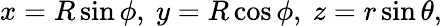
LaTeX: x=R\sin\phi,\ y=R\cos\phi,\ z=r\sin\theta,